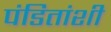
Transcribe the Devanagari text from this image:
पंडितांशी